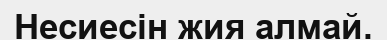
Несиесін жия алмай.